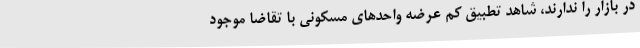
در بازار را ندارند، شاهد تطبیق کم عرضه واحدهای مسکونی با تقاضا موجود